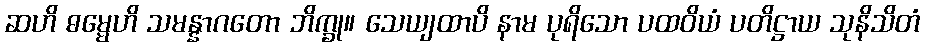
ဆဟိ ဓမ္မေဟိ သမန္နာဂတော ဘိက္ခု။ သေယျထာပိ နာမ ပုရိသော ပထဝိယံ ပတိဋ္ဌာယ သုနိသိတံ